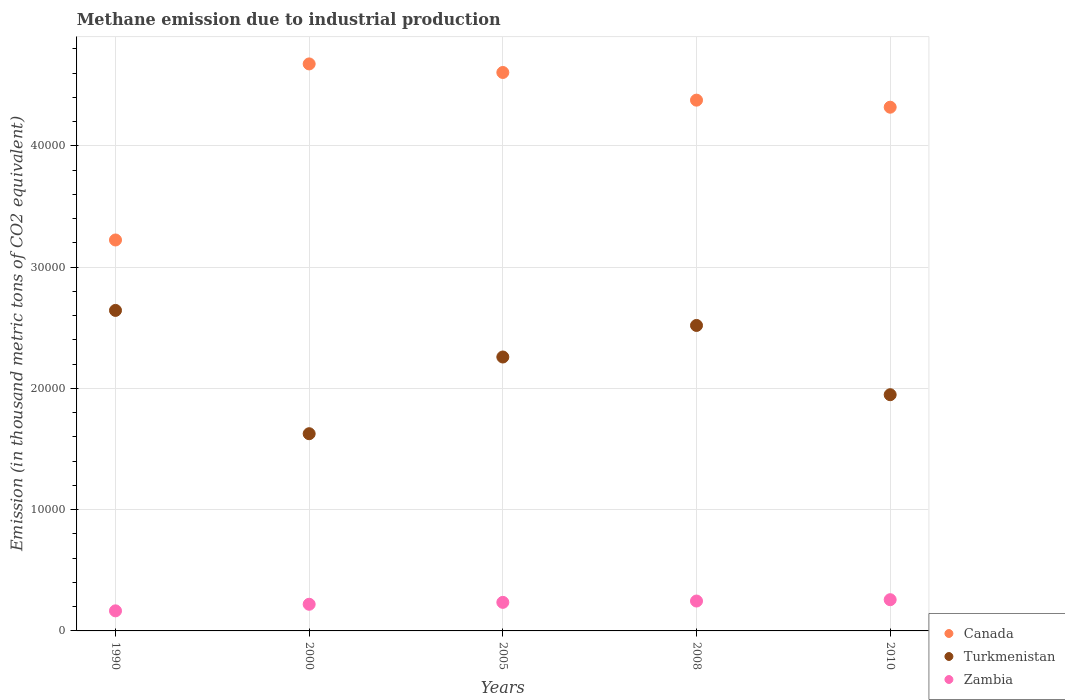
| Years | Canada | Turkmenistan | Zambia |
 | --- | --- | --- | --- |
 | 1990 | 3.22e+04 | 2.64e+04 | 1.66e+03 |
 | 2000 | 4.68e+04 | 1.63e+04 | 2.2e+03 |
 | 2005 | 4.6e+04 | 2.26e+04 | 2.36e+03 |
 | 2008 | 4.38e+04 | 2.52e+04 | 2.46e+03 |
 | 2010 | 4.32e+04 | 1.95e+04 | 2.57e+03 |